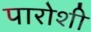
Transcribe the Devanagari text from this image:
पारोशी